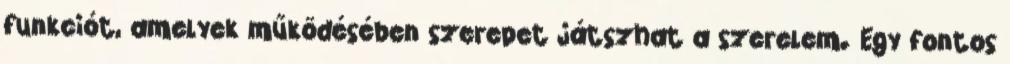
funkciót, amelyek működésében szerepet játszhat a szerelem. Egy fontos